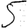
Digit: 5